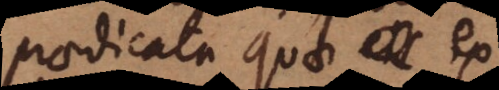
praedicata quae ex